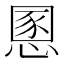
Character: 慁